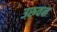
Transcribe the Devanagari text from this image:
उरुवन